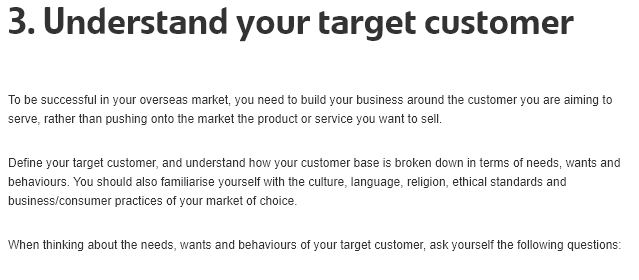
3.    Understand    your    target    customer
  ‘To be successful in your overseas market, you need to build your business around the customer you are aiming to
  serve, rather than pushing onto the market the product or service you want to sell
  Define your target customer, and understand how your customer base is broken down in terms of needs, wants and
  behaviours. You should also familiarise yourself with the culture, language, religion, ethical standards and
  business/consumer practices of your market of choice.
  ‘When thinking about the needs, wants and behaviours of your target customer, ask yourself the following questions: